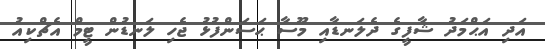
އަދި އަޙްމަދު ޝާފީގެ ދެލަނޑާއި މޫސާ ޙަސަންފުޅު ޖެހި ލަނޑުން ޓީމް އެޗްކިއު